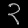
Digit: ၃